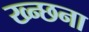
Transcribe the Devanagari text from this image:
ख्न्छना